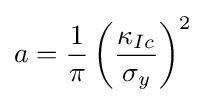
a={\frac {1}{\pi }}\left({\frac {\kappa _{Ic}}{\sigma _{y}}}\right)^{2}